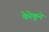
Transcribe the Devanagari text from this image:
केरेकूने